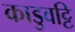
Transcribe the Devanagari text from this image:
काडुवट्टि